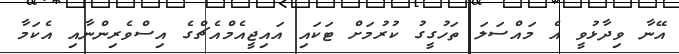
އޭނާ ވިދާޅުވީ އެ މައްސަލަ ތަހުގީގު ކުރުމަށް ޓަކައި އައިޖީއެމްއެޗްގެ އިސްވެރިންނާއި އެކަމާ